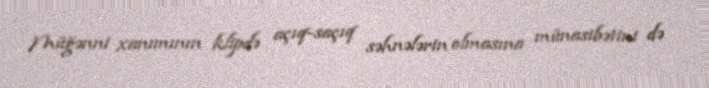
Müğənni xanımının klipdə açıq-saçıq səhnələrin olmasına münasibətini də